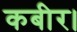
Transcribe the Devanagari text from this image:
कबीर।